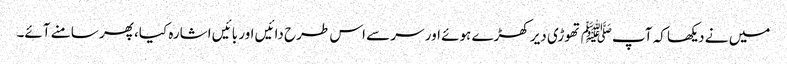
میں نے دیکھا کہ آپﷺ تھوڑی دیر کھڑے ہوئے اور سر سے اس طرح دائیں اور بائیں اشارہ کیا، پھر سامنے آئے۔